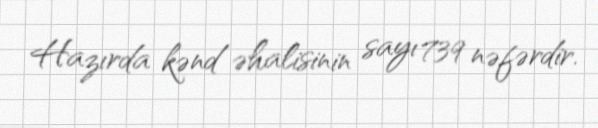
Hazırda kənd əhalisinin sayı 739 nəfərdir.